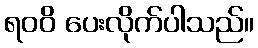
ရဝဝိ ပေးလိုက်ပါသည်။